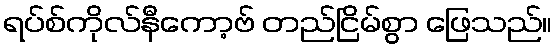
ရပ်စ်ကိုလ်နီကော့ဗ် တည်ငြိမ်စွာ ဖြေသည်။